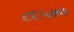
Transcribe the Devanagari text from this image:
८६५००